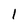
Character: I